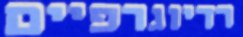
רדיוגרפיים